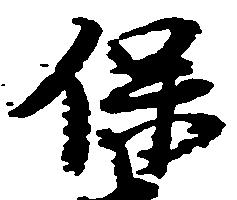
保